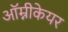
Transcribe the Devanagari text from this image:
ऑम्नीकेयर